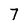
Character: 7